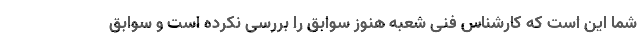
شما این است که کارشناس فنی شعبه هنوز سوابق را بررسی نکرده است و سوابق